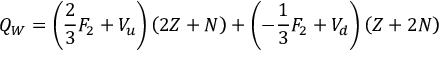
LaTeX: Q _ { W } = \left( \frac { 2 } { 3 } F _ { 2 } + V _ { u } \right) \left( 2 Z + N \right) + \left( - \frac { 1 } { 3 } F _ { 2 } + V _ { d } \right) \left( Z + 2 N \right) \,